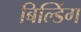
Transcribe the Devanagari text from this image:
बिल्‍डिंग